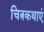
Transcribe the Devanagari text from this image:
चित्रकथाएं